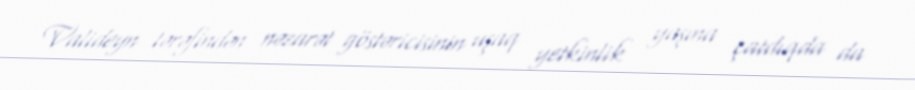
Valideyn tərəfindən nəzarət göstəricisinin uşaq yetkinlik yaşına çatdıqda da